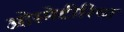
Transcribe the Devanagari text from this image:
ओस्मेटीरिया